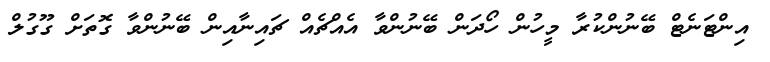
އިންޓަނެޓް ބޭނުންކުރާ މީހުން ހޯދަން ބޭނުންވާ އެއްޗެއް ޗައިނާއިން ބޭނުންވާ ގޮތަށް ގޫގުލް